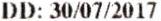
DD: 30/07/2017